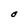
Character: O